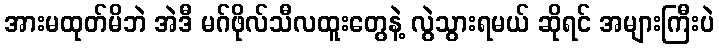
အားမထုတ်မိဘဲ အဲဒီ မဂ်ဖိုလ်သီလထူးတွေနဲ့ လွဲသွားရမယ် ဆိုရင် အများကြီးပဲ